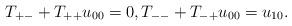
LaTeX: \begin{align*} T_{+-} + T_{++}u_{00} = 0, T_{--} + T_{-+}u_{00} = u_{10} . \end{align*}